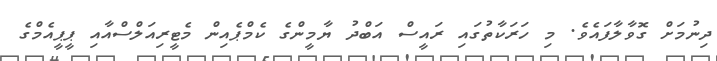
ދިނުމަށް ގޮވާލާފައެވެ. މި ހަރަކާތުގައި ރައީސް އަބްދު ޔާމީންގެ ކެމްޕެއިން މެޓީރިއަލްސްއާއި ޕީޕީއެމްގެ